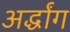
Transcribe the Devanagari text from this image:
अर्द्धांग